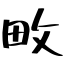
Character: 畋